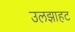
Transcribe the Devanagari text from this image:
उलझाहट